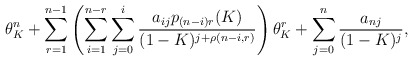
\begin{align*} \theta_K^n + \sum_{r = 1}^{n-1}\left(\sum_{i = 1}^{n-r}\sum_{j = 0}^{i}\frac{a_{ij}p_{(n-i)r}(K)}{(1-K)^{j+\rho(n-i,r)}}\right)\theta_K^r + \sum_{j = 0}^n\frac{a_{nj}}{(1-K)^j},\end{align*}